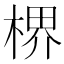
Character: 楐